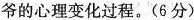
爷的心理变化过程。（6分）